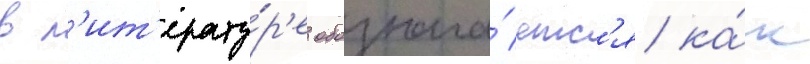
в л'ит'ерату́р'е обознача́етс'я ка́к